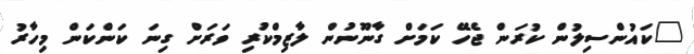
"ކައުންސިލުން ކުރަން ޖެހޭ ކަމަށް ގާނޫނުން ލާޒިމްކުރި ވަރަށް ގިނަ ކަންކަން މިހާރު